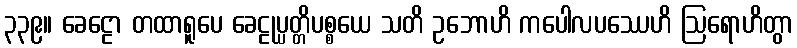
၃၃၉။ ခေဠော တထာရူပေ ခေဠုပ္ပတ္တိပစ္စယေ သတိ ဥဘောဟိ ကပေါလပဿေဟိ ဩရောဟိတွာ